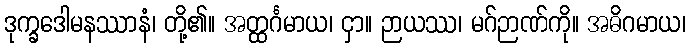
ဒုက္ခဒေါမနဿာနံ၊ တို့၏။ အတ္ထင်္ဂမာယ၊ ငှာ။ ဉာယဿ၊ မဂ်ဉာဏ်ကို။ အဓိဂမာယ၊